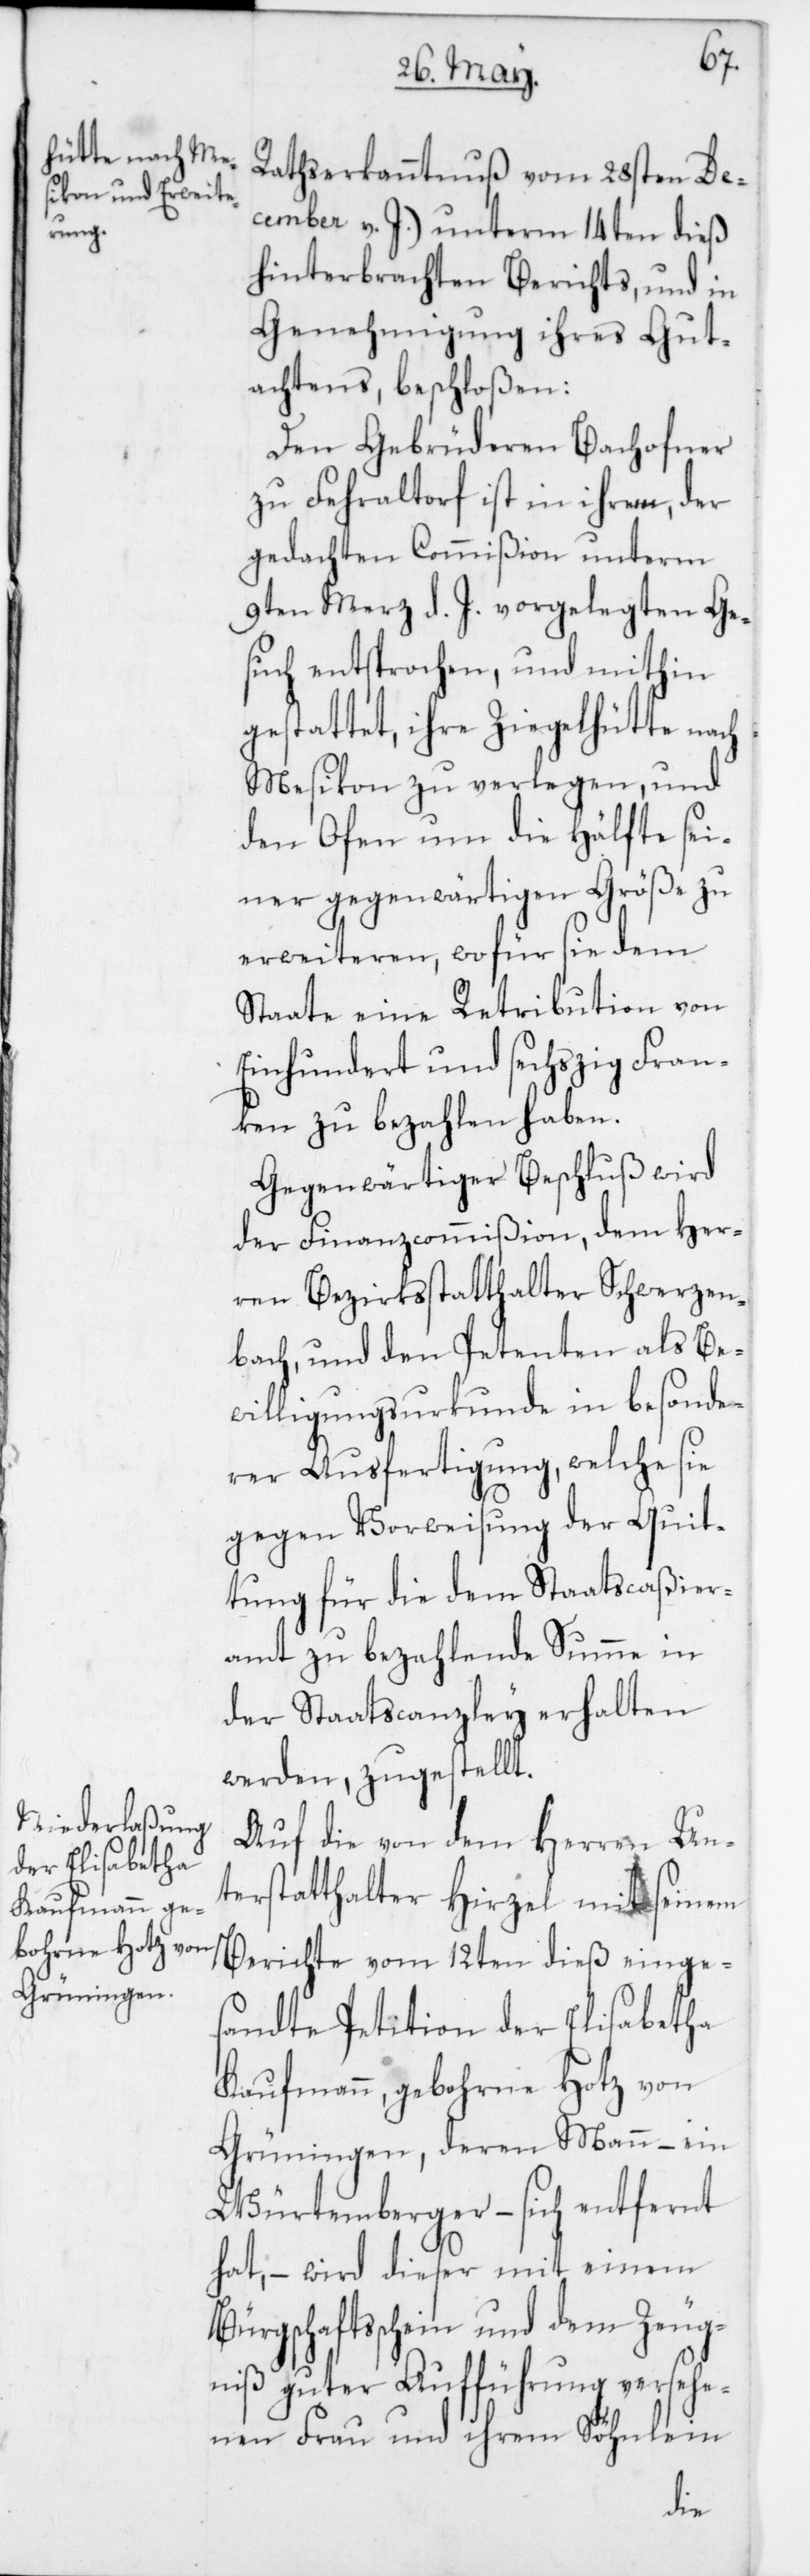
Rathserkanntnuß vom 28sten De¬
cember v. J.) unterm 14ten dieß
hinterbrachten Berichts und in
Genehmigung ihres Gut¬
achtens beschloßen:
Den Gebrüderen Bachofner
zu Fehraltorf ist in ihrem, der
gedachten Commißion unterm
9ten März d. J. vorgelegten Ge¬
such entsprochen, und mithin
gestattet, ihre Ziegelhütte nach
Mesikon zu verlegen, und
den Ofen um die Hälfte sei¬
ner gegenwärtigen Größe zu
erweiteren, wofür sie dem
Staate eine Retribution von
Einhundert und sechszig Fran¬
ken zu bezahlen haben.
Gegenwärtiger Beschluß wird
der Finanzcommißion, dem Her¬
ren Bezirksstatthalter Schwerzen¬
bach und den Petenten als Be¬
willigungsurkunde in besonde¬
rer Ausfertigung, welche sie
gegen Vorweisung der Quit¬
tung für die dem Staatscaßier¬
amt zu bezahlende Summe in
der Staatscanzley erhalten
werden, zugestellt.
Auf die von dem Herren Un¬
terstatthalter Hirzel mit seinem
Berichte vom 12ten dieß einge¬
sandte Petition der Elisabetha
Kaufmann, gebohrne Hotz von
Grüningen, deren Mann, – ein
Würtemberger – sich entfernt
hat, wird dieser mit einem
Bürgschaftsschein und dem Zeug¬
niß guter Aufführung versehe¬
nen Frau und ihrem Söhnlein